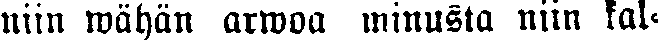
niin wähän arwoa minusta niin kal-